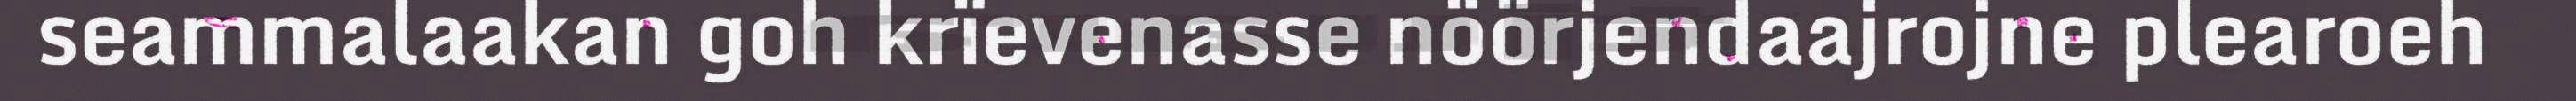
seammalaakan goh krïevenasse nöörjendaajrojne plearoeh